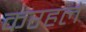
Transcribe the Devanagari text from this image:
करहले